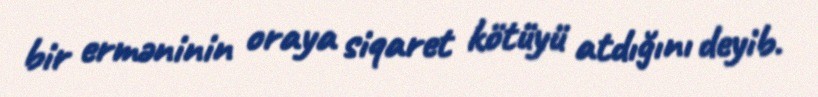
bir erməninin oraya siqaret kötüyü atdığını deyib.